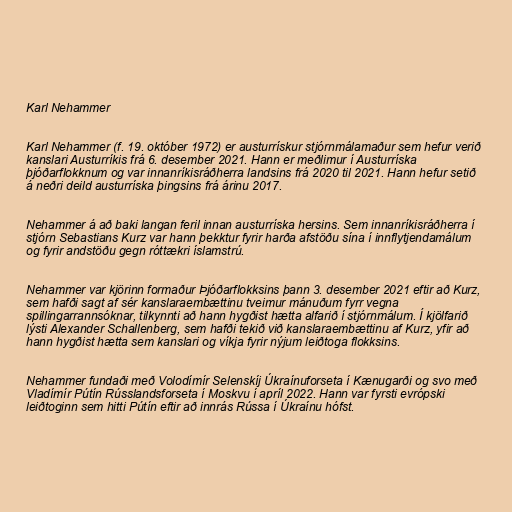
Karl Nehammer

Karl Nehammer (f. 19. október 1972) er austurrískur stjórnmálamaður sem hefur verið
kanslari Austurríkis frá 6. desember 2021. Hann er meðlimur í Austurríska
þjóðarflokknum og var innanríkisráðherra landsins frá 2020 til 2021. Hann hefur setið
á neðri deild austurríska þingsins frá árinu 2017.

Nehammer á að baki langan feril innan austurríska hersins. Sem innanríkisráðherra í
stjórn Sebastians Kurz var hann þekktur fyrir harða afstöðu sína í innflytjendamálum
og fyrir andstöðu gegn róttækri íslamstrú.

Nehammer var kjörinn formaður Þjóðarflokksins þann 3. desember 2021 eftir að Kurz,
sem hafði sagt af sér kanslaraembættinu tveimur mánuðum fyrr vegna
spillingarrannsóknar, tilkynnti að hann hygðist hætta alfarið í stjórnmálum. Í kjölfarið
lýsti Alexander Schallenberg, sem hafði tekið við kanslaraembættinu af Kurz, yfir að
hann hygðist hætta sem kanslari og víkja fyrir nýjum leiðtoga flokksins.

Nehammer fundaði með Volodímír Selenskíj Úkraínuforseta í Kænugarði og svo með
Vladímír Pútín Rússlandsforseta í Moskvu í apríl 2022. Hann var fyrsti evrópski
leiðtoginn sem hitti Pútín eftir að innrás Rússa í Úkraínu hófst.